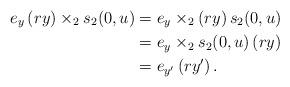
LaTeX: \begin{align*} e_y\, (ry) \times_2s_2(0,u) & = e_y\times_2 (ry)\,s_2(0,u) \\ & = e_y\times_2 s_2(0,u)\,(ry) \\ & = e_{y'} \, (ry')\,. \end{align*}